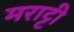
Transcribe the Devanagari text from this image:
मराट्टी